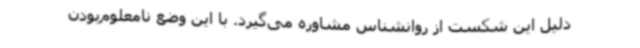
دلیل این شکست از روانشناس مشاوره می‌گیرد. با این وضع نامعلوم‌بودن